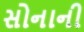
સોનાની